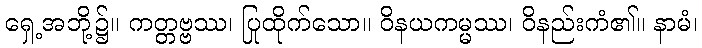
ရှေ့အဘို့၌။ ကတ္တဗ္ဗဿ၊ ပြုထိုက်သော။ ဝိနယကမ္မဿ၊ ဝိနည်းကံ၏။ နာမံ၊